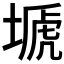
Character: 𡏚